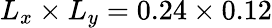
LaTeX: L_{x}\times L_{y}=0.24\times 0.12